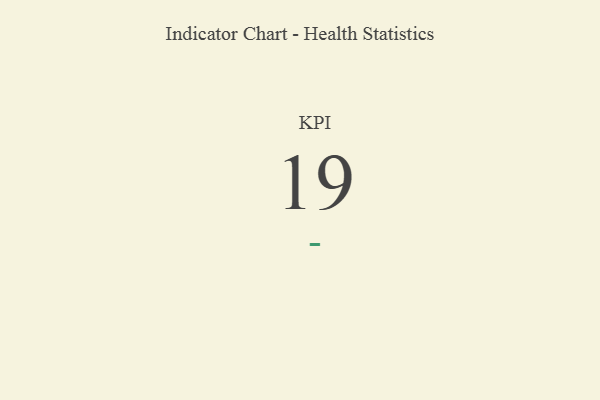
{"axis": {"x": "KPI", "y": "Value"}, "legend": [""], "data": [{"x": "KPI", "y": 19, "type": ""}]}